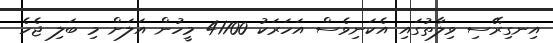
އިނގިރޭސި ވިލާތުގައި އެކަނިވެސް އަހަރަކު 41700 މީހުން އަލަށް މި ބަލި ޖެހެ